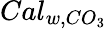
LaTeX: Cal_{w,CO_{3}}